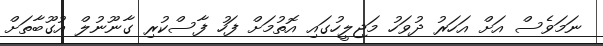
ނަމަވެސް އަށް އަހަރު ދުވަހު މަޖިލީހުގައި އޮތުމަށް ފަހު ފާސްކުރި ގާނޫނުލް އުގޫބާތަށް